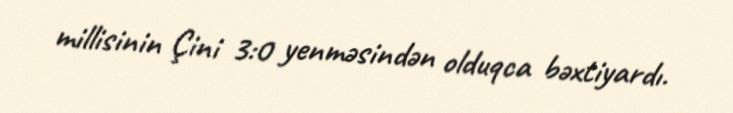
millisinin Çini 3:0 yenməsindən olduqca bəxtiyardı.